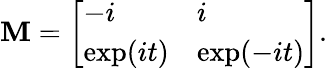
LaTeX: \mathbf{M}={\left[\begin{array}{ll}{-i}&{i}\\ {\exp(it)}&{\exp(-it)}\end{array}\right]}.